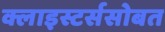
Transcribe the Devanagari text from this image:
क्लाइस्टर्ससोबत